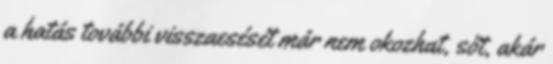
a hatás további visszaesését már nem okozhat, sőt, akár